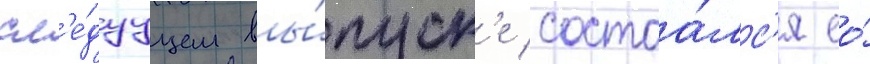
сл'е́дуущем вы́пуск'е состоа́лс'я ео́